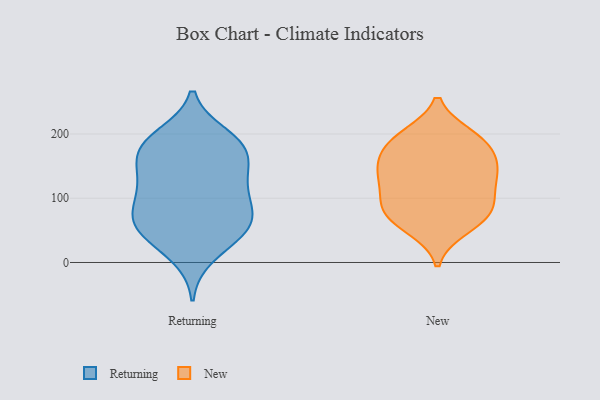
{"axis": {"x": "Customer Acquisition Cost (USD)", "y": "Value"}, "legend": ["New", "Returning"], "data": [{"x": "", "y": 37, "type": "Returning"}, {"x": "", "y": 52, "type": "Returning"}, {"x": "", "y": 174, "type": "Returning"}, {"x": "", "y": 146, "type": "Returning"}, {"x": "", "y": 55, "type": "Returning"}, {"x": "", "y": 10, "type": "Returning"}, {"x": "", "y": 80, "type": "Returning"}, {"x": "", "y": 107, "type": "Returning"}, {"x": "", "y": 157, "type": "Returning"}, {"x": "", "y": 182, "type": "Returning"}, {"x": "", "y": 53, "type": "Returning"}, {"x": "", "y": 119, "type": "Returning"}, {"x": "", "y": 104, "type": "Returning"}, {"x": "", "y": 63, "type": "Returning"}, {"x": "", "y": 197, "type": "Returning"}, {"x": "", "y": 184, "type": "Returning"}, {"x": "", "y": 137, "type": "Returning"}, {"x": "", "y": 189, "type": "Returning"}, {"x": "", "y": 77, "type": "Returning"}, {"x": "", "y": 57, "type": "New"}, {"x": "", "y": 197, "type": "New"}, {"x": "", "y": 127, "type": "New"}, {"x": "", "y": 75, "type": "New"}, {"x": "", "y": 85, "type": "New"}, {"x": "", "y": 142, "type": "New"}, {"x": "", "y": 94, "type": "New"}, {"x": "", "y": 52, "type": "New"}, {"x": "", "y": 146, "type": "New"}, {"x": "", "y": 93, "type": "New"}, {"x": "", "y": 172, "type": "New"}, {"x": "", "y": 195, "type": "New"}, {"x": "", "y": 198, "type": "New"}, {"x": "", "y": 162, "type": "New"}, {"x": "", "y": 124, "type": "New"}, {"x": "", "y": 77, "type": "New"}, {"x": "", "y": 134, "type": "New"}, {"x": "", "y": 174, "type": "New"}]}